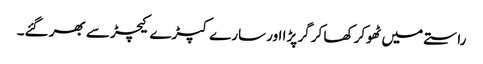
راستے میں ٹھوکر کھا کر گر پڑا اور سارے کپڑے کیچڑ سے بھر گئے۔